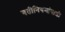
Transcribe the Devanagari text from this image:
गतीनियमांपाशी